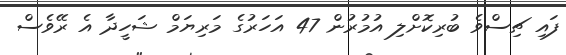
ފައި ޗިސްވެ ބުރިކޮށްލި އުމުރުން 47 އަހަރުގެ މަރިޔަމް ޝަހީދާ އެ ރޭވެސް